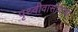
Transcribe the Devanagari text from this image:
पृथ्वीवासीयांचा